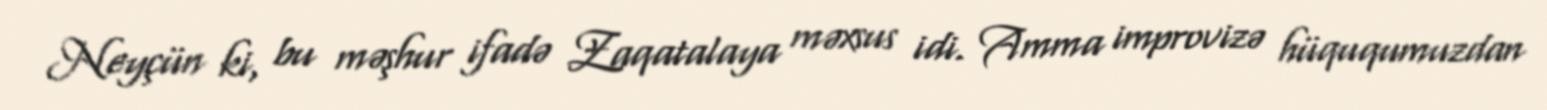
Neyçün ki, bu məşhur ifadə Zaqatalaya məxsus idi. Amma improvizə hüququmuzdan